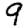
Digit: 9